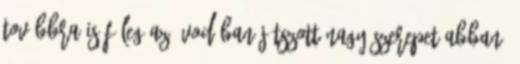
Továbbra is főleg az óvodában játszott nagy szerepet abban,